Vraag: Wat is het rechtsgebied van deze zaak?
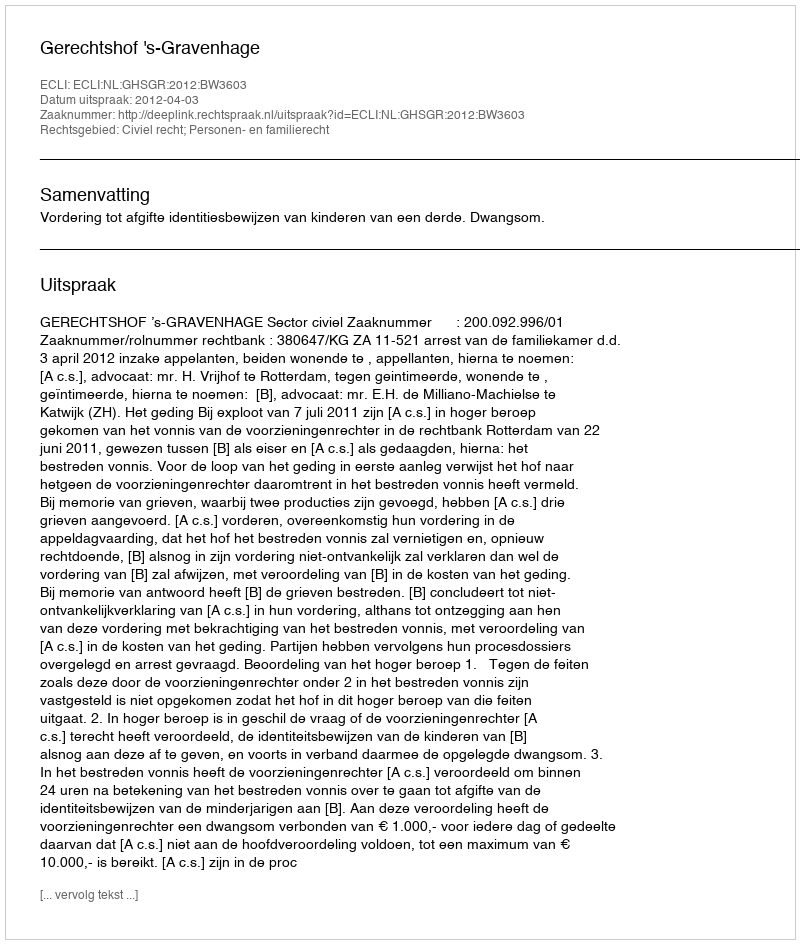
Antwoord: Civiel recht; Personen- en familierecht